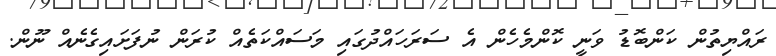
ރައްޔިތުން ކަންބޮޑު ވަނީ ކޮންމެހެން އެ ސަަރަހައްދުގައި މަސައްކަތެއް ކުރަން ނުފަށައިގެނެއް ނޫން.